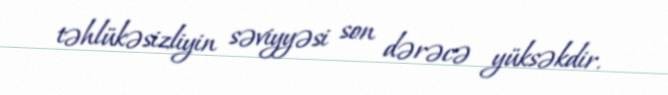
təhlükəsizliyin səviyyəsi son dərəcə yüksəkdir.